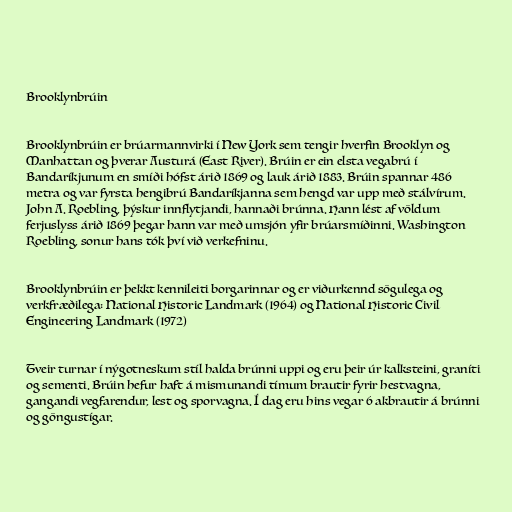
Brooklynbrúin

Brooklynbrúin er brúarmannvirki í New York sem tengir hverfin Brooklyn og
Manhattan og þverar Austurá (East River). Brúin er ein elsta vegabrú í
Bandaríkjunum en smíði hófst árið 1869 og lauk árið 1883. Brúin spannar 486
metra og var fyrsta hengibrú Bandaríkjanna sem hengd var upp með stálvírum.
John A. Roebling, þýskur innflytjandi, hannaði brúnna. Hann lést af völdum
ferjuslyss árið 1869 þegar hann var með umsjón yfir brúarsmíðinni. Washington
Roebling, sonur hans tók því við verkefninu.

Brooklynbrúin er þekkt kennileiti borgarinnar og er viðurkennd sögulega og
verkfræðilega: National Historic Landmark (1964) og National Historic Civil
Engineering Landmark (1972)

Tveir turnar í nýgotneskum stíl halda brúnni uppi og eru þeir úr kalksteini, graníti
og sementi. Brúin hefur haft á mismunandi tímum brautir fyrir hestvagna,
gangandi vegfarendur, lest og sporvagna. Í dag eru hins vegar 6 akbrautir á brúnni
og göngustígar.